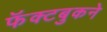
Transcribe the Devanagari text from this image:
फॅक्टबुकने